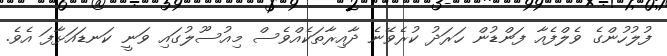
ފުލުހުންގެ ވެލްފެއާ ފަންޑުން ހަރަދު ކުރެވޭނެ ދާއިރާތަކެއްވެސް މިއުސޫލުގައި ވަނީ ކަނޑައަޅާފަ އެވެ.